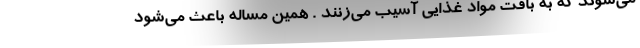
می‌شوند که به بافت مواد غذایی آسیب می‌زنند . همین مساله باعث می‌شود